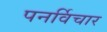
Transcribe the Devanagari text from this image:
पनर्विचार